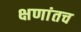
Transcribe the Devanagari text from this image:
क्षणांतच